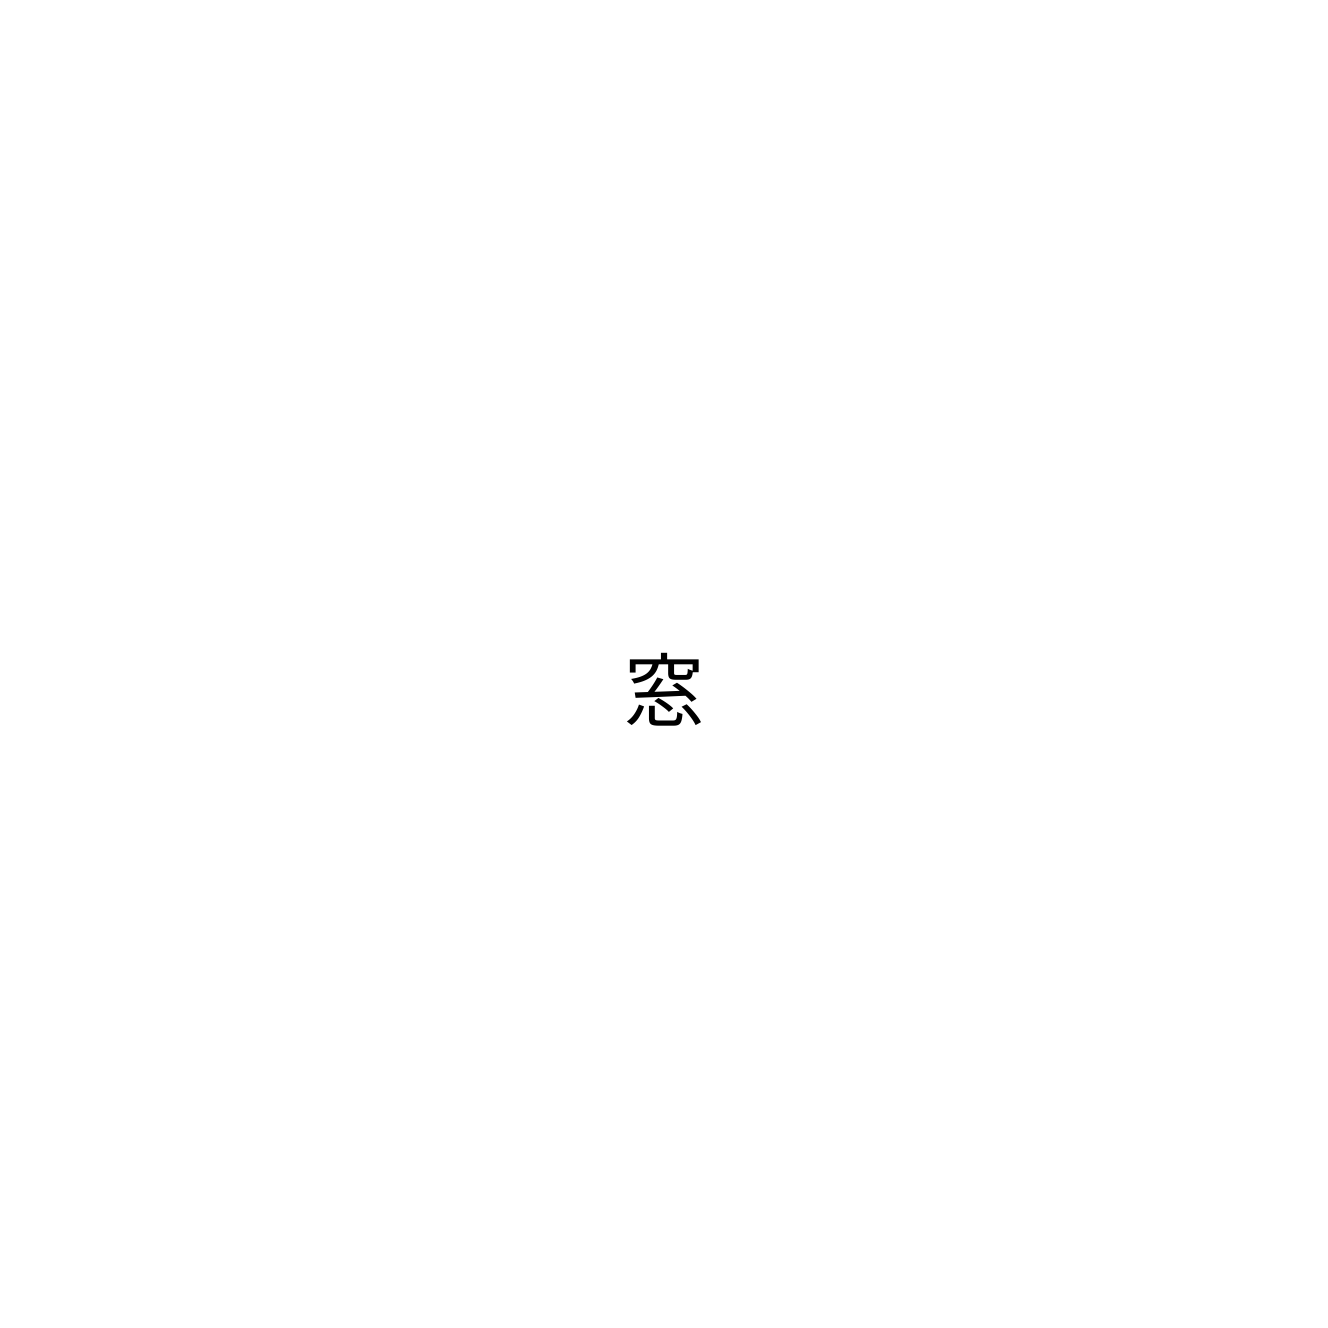
窓